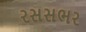
રસસભર